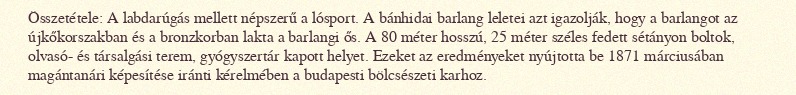
Összetétele: A labdarúgás mellett népszerű a lósport. A bánhidai barlang leletei azt igazolják, hogy a barlangot az újkőkorszakban és a bronzkorban lakta a barlangi ős. A 80 méter hosszú, 25 méter széles fedett sétányon boltok, olvasó- és társalgási terem, gyógyszertár kapott helyet. Ezeket az eredményeket nyújtotta be 1871 márciusában magántanári képesítése iránti kérelmében a budapesti bölcsészeti karhoz.